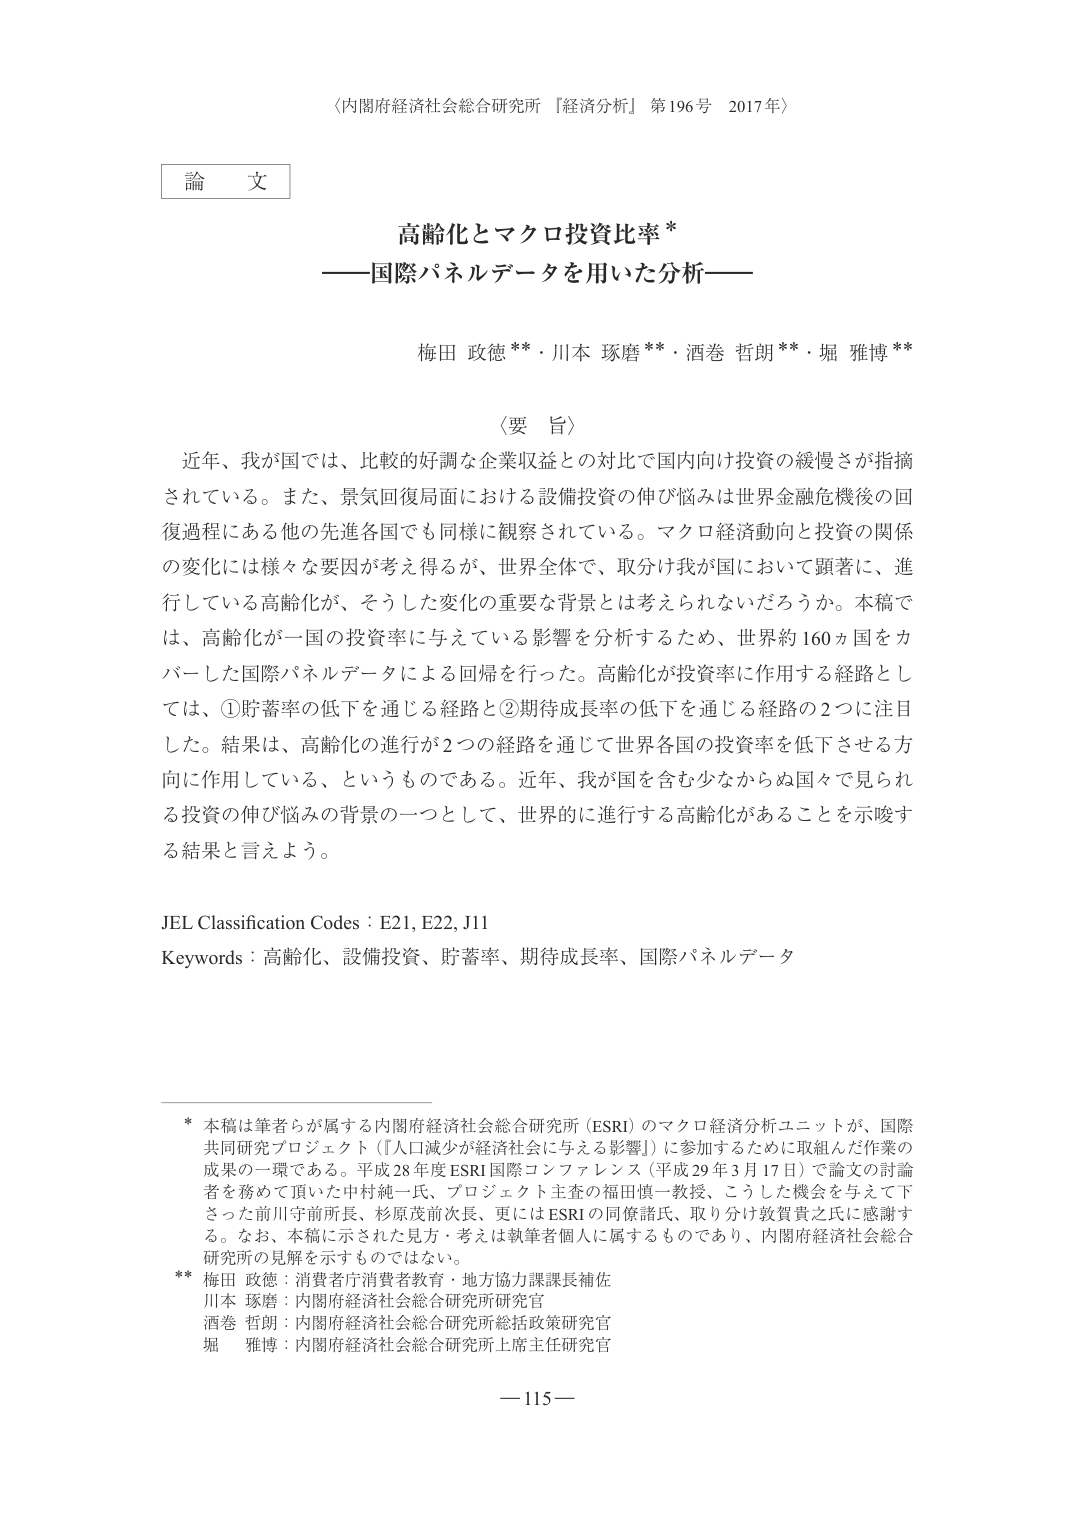
〈内閣府経済社会総合研究所『経済分析』第196号 2017年〉

論文

高齢化とマクロ投資比率*
——国際パネルデータを用いた分析——

梅田 政徳**・川本 琢磨**・酒巻 哲朗**・堀 雅博**

〈要旨〉
近年、我が国では、比較的好調な企業収益との対比で国内向け投資の緩慢さが指摘されている。また、景気回復局面における設備投資の伸び悩みは世界金融危機後の回復過程にある他の先進各国でも同様に観察されている。マクロ経済動向と投資の関係の変化には様々な要因が考え得るが、世界全体で、取分け我が国において顕著に、進行している高齢化が、そうした変化の重要な背景とは考えられないだろうか。本稿では、高齢化が一国の投資率に与えている影響を分析するため、世界約160カ国をカバーした国際パネルデータによる回帰を行った。高齢化が投資率に作用する経路としては、①貯蓄率の低下を通じる経路と②期待成長率の低下を通じる経路の2つに注目した。結果は、高齢化の進行が2つの経路を通じて世界各国の投資率を低下させる方向に作用している、というものである。近年、我が国を含む少なからぬ国々で見られる投資の伸び悩みの背景の一つとして、世界的に進行する高齢化があることを示唆する結果と言えよう。

JEL Classification Codes：E21, E22, J11
Keywords：高齢化、設備投資、貯蓄率、期待成長率、国際パネルデータ

* 本稿は筆者らが属する内閣府経済社会総合研究所（ESRI）のマクロ経済分析ユニットが、国際共同研究プロジェクト（『人口減少が経済社会に与える影響』）に参加するために取組んだ作業の成果の一環である。平成28年度ESRI国際コンファレンス（平成29年3月17日）で論文の討論者を務めて頂いた中村純一氏、プロジェクト主査の福田慎一教授、こうした機会を与えて下さった前川守前所長、杉原茂前次長、更にはESRIの同僚諸氏、取り分け致賛貴之氏に感謝する。なお、本稿に示された見方・考えは執筆者個人に属するものであり、内閣府経済社会総合研究所の見解を示すものではない。

** 梅田 政徳：消費者庁消費者教育・地方協力課課長補佐
川本 琢磨：内閣府経済社会総合研究所研究官
酒巻 哲朗：内閣府経済社会総合研究所総括政策研究官
堀 雅博：内閣府経済社会総合研究所上席主任研究官

—115—